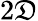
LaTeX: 2\mathfrak{D}